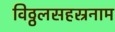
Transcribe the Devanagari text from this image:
विठ्ठलसहस्रनाम